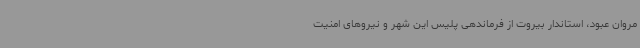
مروان عبود، استاندار بیروت از فرماندهی پلیس این شهر و نیروهای امنیت